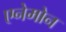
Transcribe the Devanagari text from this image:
एनेमोन